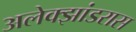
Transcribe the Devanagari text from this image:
अलेक्झांडरास